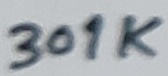
Text: 301K